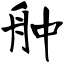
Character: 舯